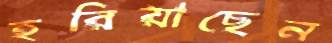
হরিয়াছেন